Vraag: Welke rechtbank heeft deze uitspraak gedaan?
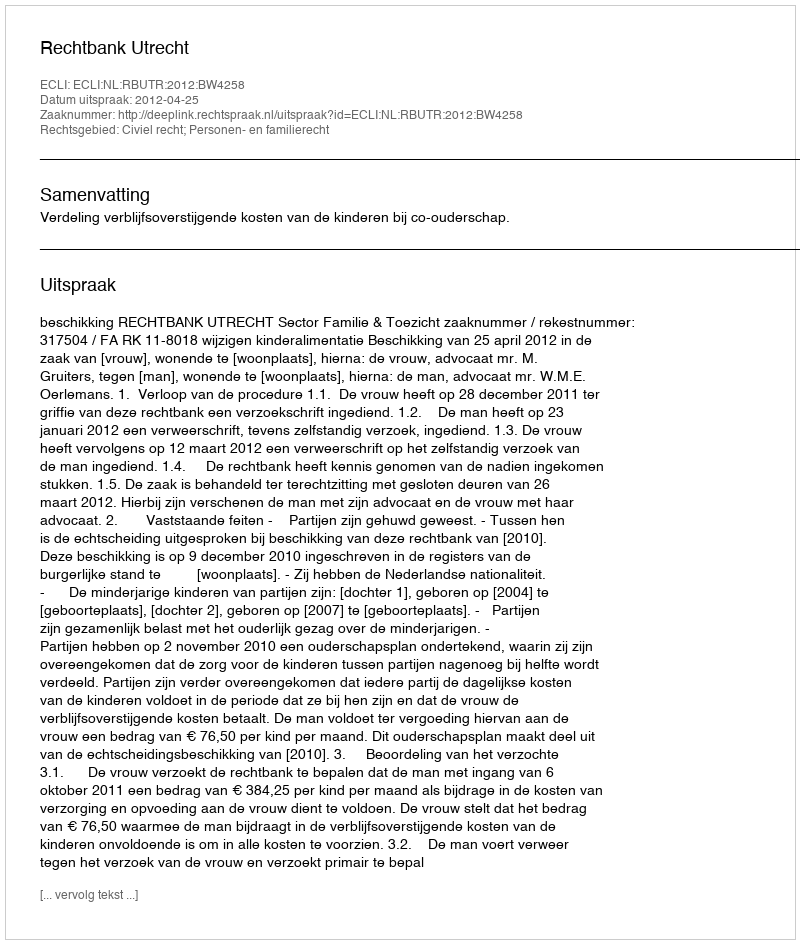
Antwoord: Rechtbank Utrecht